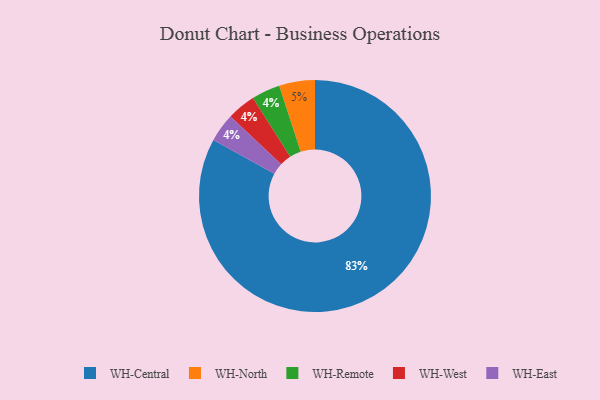
{"axis": {"x": "Category", "y": "Percentage"}, "legend": ["WH-Central", "WH-East", "WH-North", "WH-Remote", "WH-West"], "data": [{"x": "WH-Remote", "y": 4, "type": "WH-Remote"}, {"x": "WH-West", "y": 4, "type": "WH-West"}, {"x": "WH-North", "y": 5, "type": "WH-North"}, {"x": "WH-East", "y": 4, "type": "WH-East"}, {"x": "WH-Central", "y": 83, "type": "WH-Central"}]}